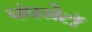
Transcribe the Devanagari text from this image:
पंपसेटों